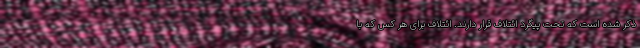
ذکر شده است که تحت پیگرد ائتلاف قرار دارند. ائتلاف برای هر کس که با